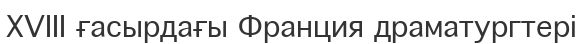
XVIII ғасырдағы Франция драматургтері